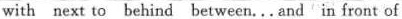
with next to behind between...And'in front of